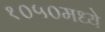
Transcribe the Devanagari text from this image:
१०५०मध्ये